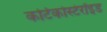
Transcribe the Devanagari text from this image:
कर्टिकोस्टेरॉइड